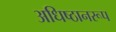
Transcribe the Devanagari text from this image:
अधिष्ठानरूप